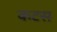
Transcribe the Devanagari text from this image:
कटस